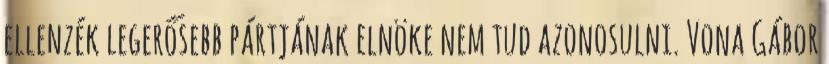
ellenzék legerősebb pártjának elnöke nem tud azonosulni. Vona Gábor